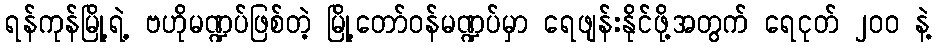
ရန်ကုန်မြို့ရဲ့ ဗဟိုမဏ္ဍပ်ဖြစ်တဲ့ မြို့တော်ဝန်မဏ္ဍပ်မှာ ရေဖျန်းနိုင်ဖို့အတွက် ရေငုတ် ၂၀၀ နဲ့